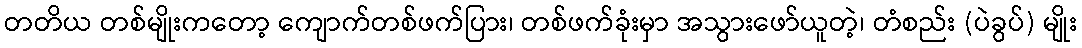
တတိယ တစ်မျိုးကတော့ ကျောက်တစ်ဖက်ပြား၊ တစ်ဖက်ခုံးမှာ အသွားဖော်ယူတဲ့၊ တံစည်း (ပဲခွပ်) မျိုး